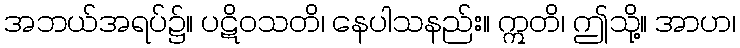
အဘယ်အရပ်၌။ ပဋိဝသတိ၊ နေပါသနည်း။ ဣတိ၊ ဤသို့။ အာဟ၊